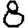
Digit: 8